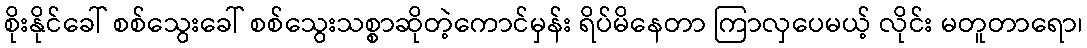
စိုးနိုင်ခေါ် စစ်သွေးခေါ် စစ်သွေးသစ္စာဆိုတဲ့ကောင်မှန်း ရိပ်မိနေတာ ကြာလှပေမယ့် လိုင်း မတူတာရော၊